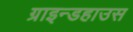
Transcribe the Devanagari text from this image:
ग्राइन्डहाउस